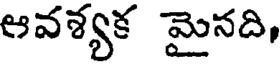
ఆవశ్యక మైనది,